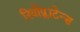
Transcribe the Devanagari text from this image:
रियोप्लाटेन्स